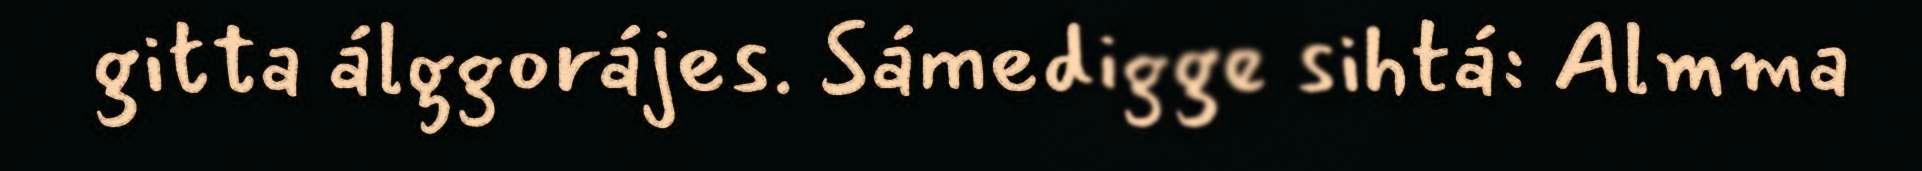
gitta álggorájes. Sámedigge sihtá: Almma